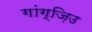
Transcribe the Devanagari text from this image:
गांग्ज़िउ